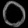
Digit: ၀